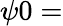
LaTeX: \psi 0=